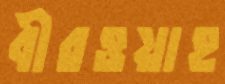
বীরওয়াহ